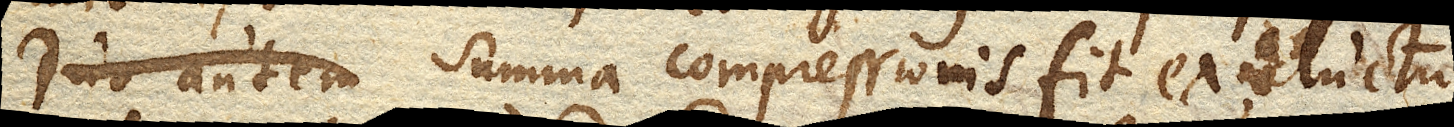
Duo autem Summa compressionis fit ex ductu